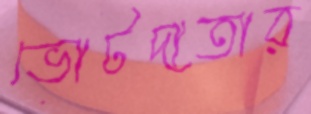
ভোটদাতার